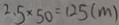
2 . 5 \times 5 0 = 1 2 5 ( m )